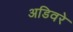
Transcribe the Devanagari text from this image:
अडिवरे